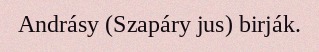
Andrásy (Szapáry jus) birják.